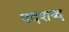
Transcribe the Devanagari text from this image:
पदशब्द